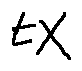
t X